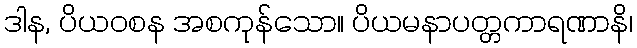
ဒါန, ပိယဝစန အစကုန်သော။ ပိယမနာပတ္တကာရဏာနိ၊